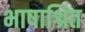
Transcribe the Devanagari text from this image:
भाषाश्रित